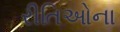
રીતિઓના